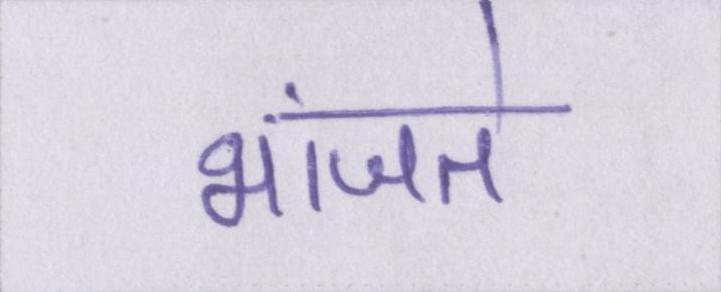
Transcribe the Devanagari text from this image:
भांजते